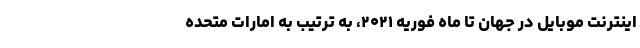
اینترنت موبایل در جهان تا ماه فوریه ۲۰۲۱، به ترتیب به امارات متحده